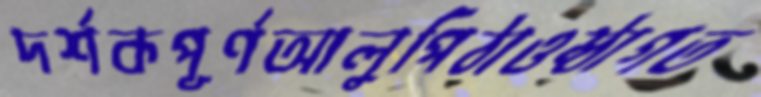
দর্শকপূর্ণআলুপিঠাওষ্ঠাগত